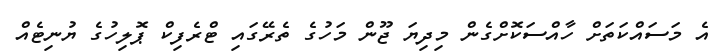
އެ މަސައްކަތަށް ހާއްސަކޮށްގެން މިދިޔަ ޖޫން މަހުގެ ތެރޭގައި ޓްރެފިކް ޕޮލިހުގެ ޔުނިޓެއް